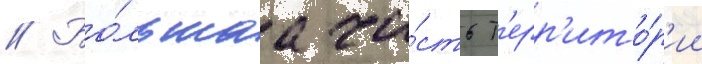
// Бо́льшаа ча́сть т'ерр'ито́р'ии